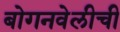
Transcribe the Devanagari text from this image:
बोगनवेलीची